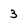
Character: 3